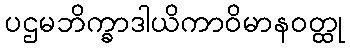
ပဌမဘိက္ခာဒါယိကာဝိမာနဝတ္ထု